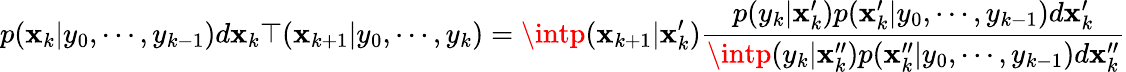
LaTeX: p(\mathbf{x}_{k}|y_{0},\cdots,y_{k-1})d\mathbf{x}_{k}\top(\mathbf{x}_{k+1}|y_{0},\cdots,y_{k})=\intp(\mathbf{x}_{k+1}|\mathbf{x}_{k}^{\prime}){\frac{{p(y_{k}|\mathbf{x}_{k}^{\prime})p(\mathbf{x}_{k}^{\prime}|y_{0},\cdots,y_{k-1})d\mathbf{x}_{k}^{\prime}}}{{\intp(y_{k}|\mathbf{x}_{k}^{\prime\prime})p(\mathbf{x}_{k}^{\prime\prime}|y_{0},\cdots,y_{k-1})d\mathbf{x}_{k}^{\prime\prime}}}}